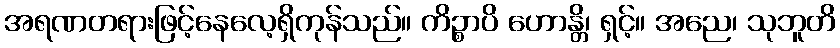
အရဏတရားဖြင့်နေလေ့ရှိကုန်သည်။ ကိဉ္စာပိ ဟောန္တိ၊ ရှင့်။ အညေ၊ သုဘူတိ